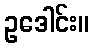
ဥဒေါင်း။